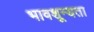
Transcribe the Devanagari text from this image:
भावशून्यता